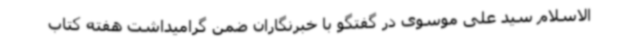
الاسلام سید علی موسوی در گفتگو با خبرنگاران ضمن گرامیداشت هفته کتاب